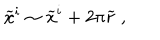
LaTeX: { \widetilde x } ^ { i } \sim { \widetilde x } ^ { i } + 2 \pi { \widetilde r } ~ ,